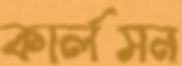
কার্লসন